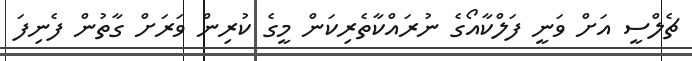
ޗެލްސީ އަށް ވަނީ ފަލްކާއޯގެ ނުރައްކާތެރިކަން މީގެ ކުރިން ވަރަށް ގާތުން ފެނިފަ